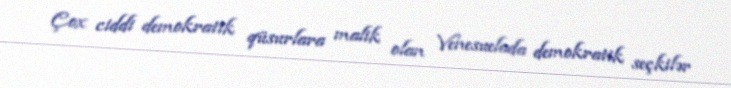
Çox ciddi demokratik qüsurlara malik olan Venesuelada demokratik seçkilər